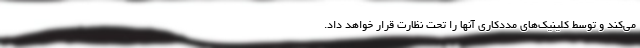
می‌کند و توسط کلینیک‌های مددکاری آنها را تحت نظارت قرار خواهد داد.